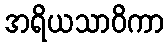
အရိယသာဝိကာ